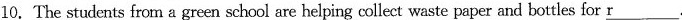
10. The students from a green school are helping collect waste paper and bottles for \underline{r}